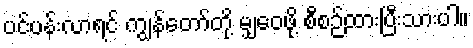
ပင်ပန်းလာရင် ကျွန်တော်တို့ မျှဝေဖို့ စီစဉ်ထားပြီးသားပါ။